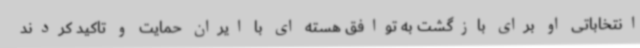
انتخاباتی او برای بازگشت به توافق هسته ای با ایران حمایت و تاکید کردند